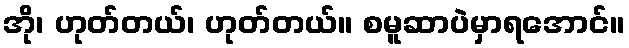
အို၊ ဟုတ်တယ်၊ ဟုတ်တယ်။ စမူဆာပဲမှာရအောင်။